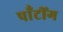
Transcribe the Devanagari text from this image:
पाँटींग